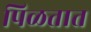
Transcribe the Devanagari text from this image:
पिळतात